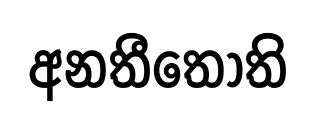
අනතීතොති